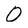
Character: 0